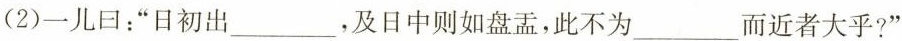
(2)一儿回：”日初出______，及日中则如盘盂，此不为____而近者大乎?”